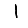
Digit: 1